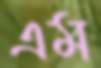
এম